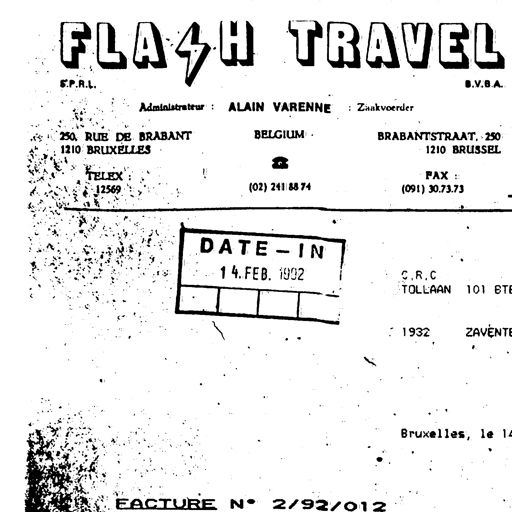
FLASH TRAVEL
S.P.R.L. B.V.B.A.
Administrateur : ALAIN VARENNE : Zaakvoerder
250, RUE DE BRABANT BELGIUM BRABANTSTRAAT, 250
1210 BRUXELLES 1210 BRUSSEL
TELEX : FAX :
12569 (02) 241 88 74 (091) 30.73.73
DATE - IN
14. FEB. 1992
C.R.C
TOLLAAN 101 BTE
1932 ZAVENTE
Bruxelles, le 14
FACTURE N° 2/92/012